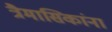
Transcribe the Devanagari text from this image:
त्रैमासिकांना